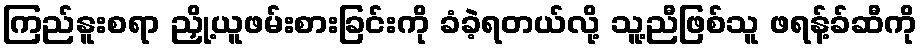
ကြည်နူးစရာ ညှို့ယူဖမ်းစားခြင်းကို ခံခဲ့ရတယ်လို့ သူ့ညီဖြစ်သူ ဖရန့်ခ်ဆီကို